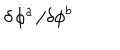
\delta \! \stackrel { { \ldots } } { \phi ^ { a } } \! / \delta \phi ^ { b }